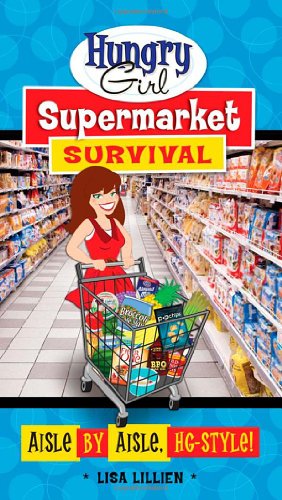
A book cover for Hungry Girl Supermarket Survival: Aisle by Aisle, HG-Style!; Lisa Lillien; Reference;